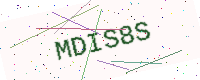
Text: MDIS8S